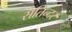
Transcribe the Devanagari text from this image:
सतिन्दर